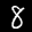
Label: 8